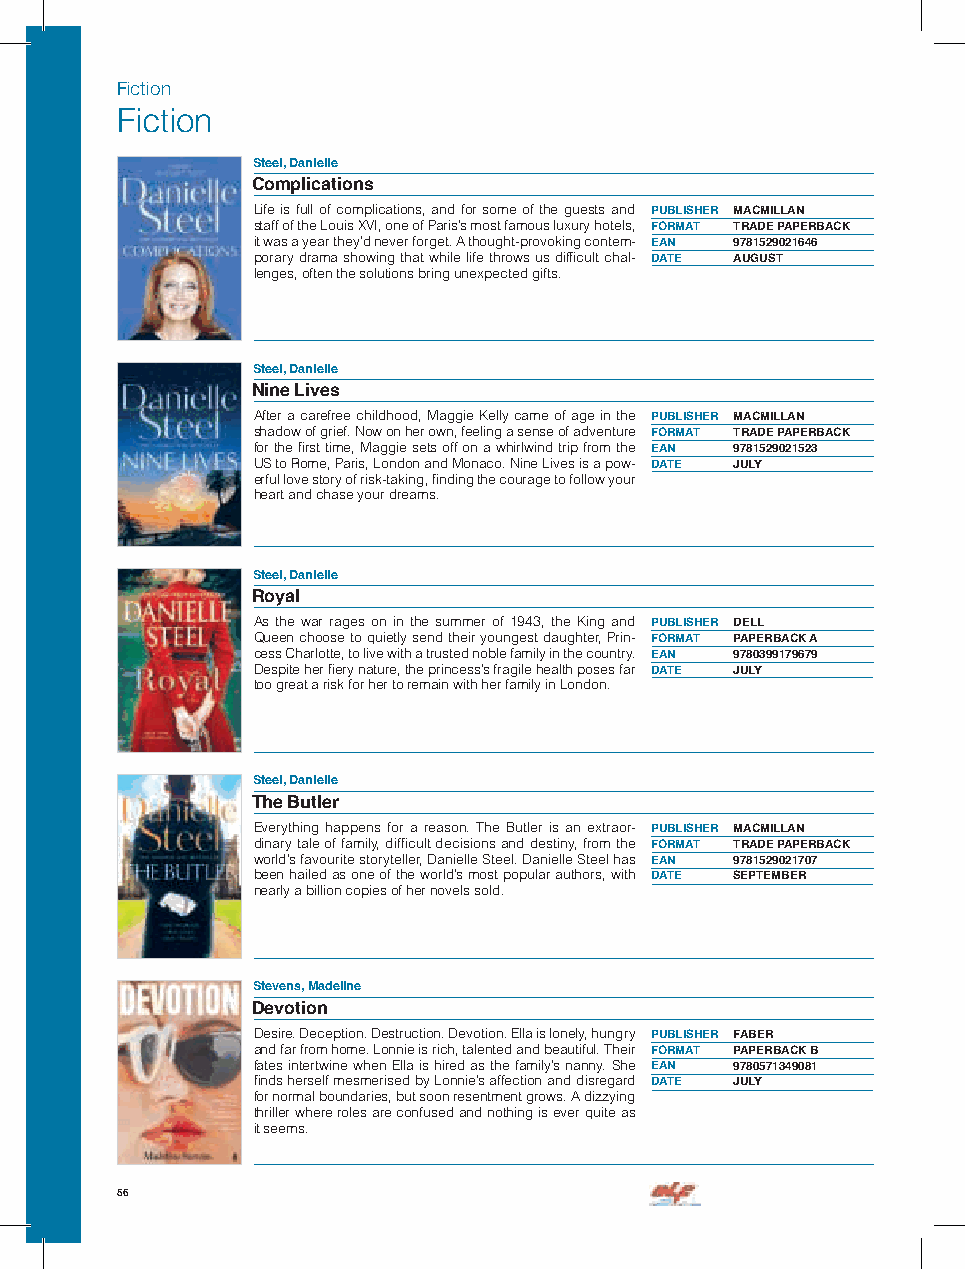
Fiction
 Fiction
 Steel, Danielle
 Complications
 Life is full of complications, and for some of the guests and PUBLISHER MACMILLAN
 staff of the Louis XVI, one of Paris’s most famous luxury hotels, FORMAT TRADE PAPERBACK
 it was a year they’d never forget. A thought-provoking contem- EAN 9781529021646
 porary drama showing that while life throws us difficult chal- DATE AUGUST
 lenges, often the solutions bring unexpected gifts.
 Steel, Danielle
 Nine Lives
 After a carefree childhood, Maggie Kelly came of age in the PUBLISHER MACMILLAN
 shadow of grief. Now on her own, feeling a sense of adventure FORMAT TRADE PAPERBACK
 for the first time, Maggie sets off on a whirlwind trip from the EAN 9781529021523
 US to Rome, Paris, London and Monaco. Nine Lives is a pow- DATE JULY
 erful love story of risk-taking, finding the courage to follow your
 heart and chase your dreams.
 Steel, Danielle
 Royal
 As the war rages on in the summer of 1943, the King and PUBLISHER DELL
 Queen choose to quietly send their youngest daughter, Prin- FORMAT PAPERBACK A
 cess Charlotte, to live with a trusted noble family in the country. EAN 9780399179679
 Despite her fiery nature, the princess’s fragile health poses far DATE JULY
 too great a risk for her to remain with her family in London.
 Steel, Danielle
 The Butler
 Everything happens for a reason. The Butler is an extraor- PUBLISHER MACMILLAN
 dinary tale of family, difficult decisions and destiny, from the FORMAT TRADE PAPERBACK
 world’s favourite storyteller, Danielle Steel. Danielle Steel has EAN 9781529021707
 been hailed as one of the world’s most popular authors, with DATE SEPTEMBER
 nearly a billion copies of her novels sold.
 Stevens, Madeline
 Devotion
 Desire. Deception. Destruction. Devotion. Ella is lonely, hungry PUBLISHER FABER
 and far from home. Lonnie is rich, talented and beautiful. Their FORMAT PAPERBACK B
 fates intertwine when Ella is hired as the family’s nanny. She EAN 9780571349081
 finds herself mesmerised by Lonnie’s affection and disregard DATE JULY
 for normal boundaries, but soon resentment grows. A dizzying
 thriller where roles are confused and nothing is ever quite as
 it seems.
 56